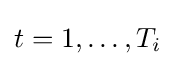
t=1,\dots ,T_{i}